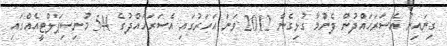
ގިނައިން އެސަރަހައްދުން ފެނުމާ ގުޅިގެން 2012 ވަނަ އަހަރުގައި އެސަރަހައްދުގެ 544 މުނިސިޕަލްޓީއެއްގައި